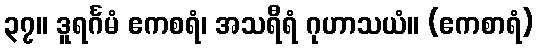
၃၇။ ဒူရင်္ဂမံ ဧကစရံ၊ အသရီရံ ဂုဟာသယံ။ (ဧကစာရံ)